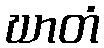
ဃာတံ